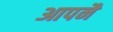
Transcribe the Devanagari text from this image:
आपनै